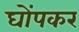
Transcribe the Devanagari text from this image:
घोंपकर